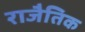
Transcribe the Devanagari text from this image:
राजैतिक